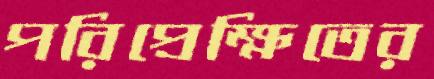
পরিপ্রেক্ষিতের